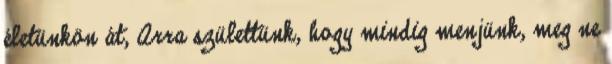
életünkön át, Arra születtünk, hogy mindig menjünk, meg ne